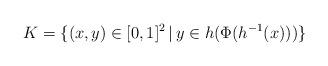
LaTeX: \begin{align*}K=\{(x,y)\in[0,1]^2\,|\, y\in h(\Phi(h^{-1}(x)))\}\end{align*}